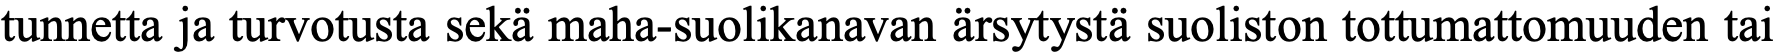
tunnetta ja turvotusta sekä maha-suolikanavan ärsytystä suoliston tottumattomuuden tai